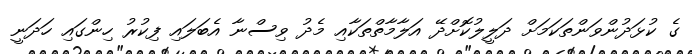
ގެ ކުޅަދުންވަންތަކަމަށް ދަލީލުކޮށްދޭ އަލާމާތްތަކާއި މެދު ވިސްނާ އެބަލައި ފިކުރު ހިންގައި ހަދަނީ